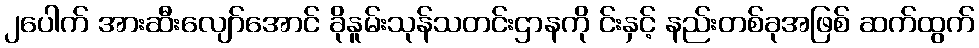
၂ပေါက် အားဆီးလျော်အောင် ခိုနူမ်းသုန်သတင်းဌာနကို င်းနှင့် နည်းတစ်ခုအဖြစ် ဆက်ထွက်